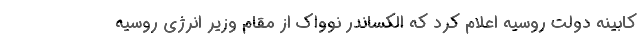
کابینه دولت روسیه اعلام کرد که الکساندر نوواک از مقام وزیر انرژی روسیه